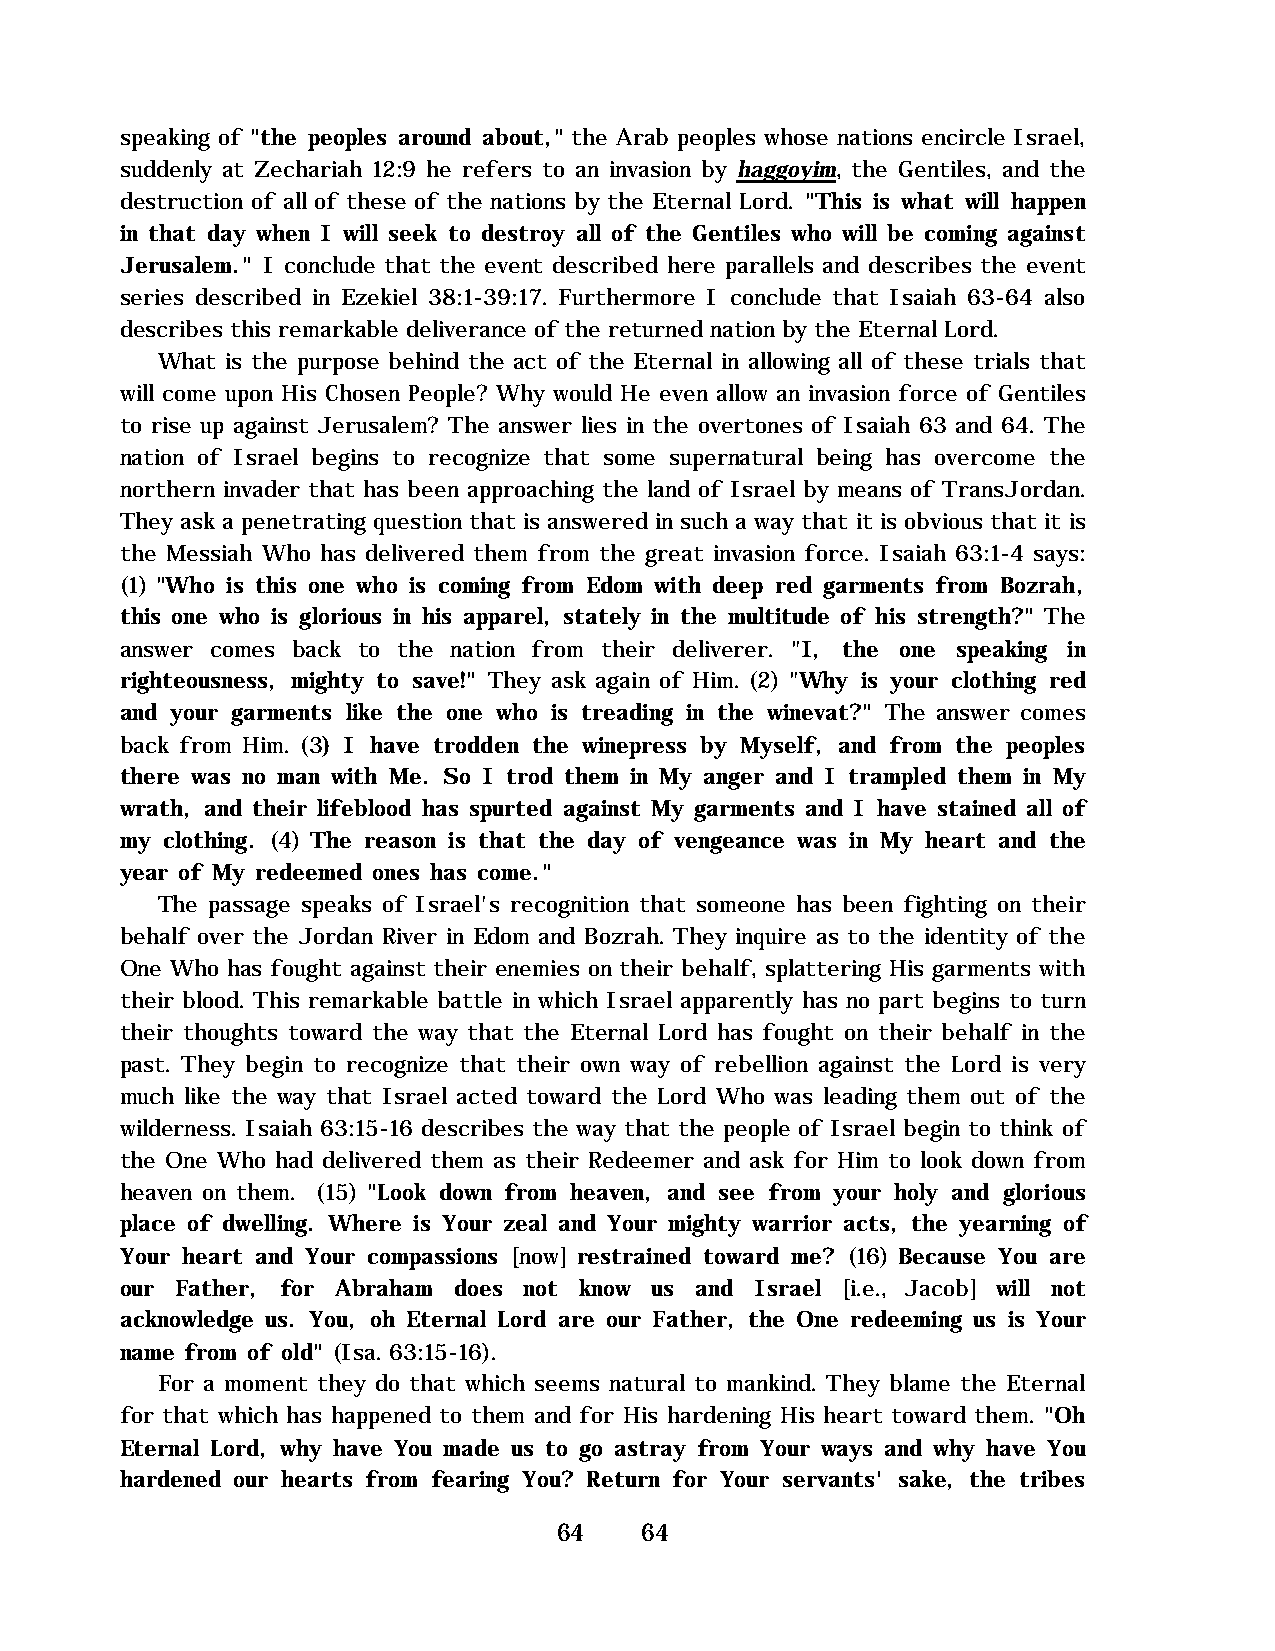
speaking of "the peoples around about," the Arab peoples whose nations encircle Israel,
 suddenly at Zechariah 12:9 he refers to an invasion by haggoyim, the Gentiles, and the
 destruction of all of these of the nations by the Eternal Lord. "This is what will happen
 in that day when I will seek to destroy all of the Gentiles who will be coming against
 Jerusalem." I conclude that the event described here parallels and describes the event
 series described in Ezekiel 38:1-39:17. Furthermore I conclude that Isaiah 63-64 also
 describes this remarkable deliverance of the returned nation by the Eternal Lord.
 What is the purpose behind the act of the Eternal in allowing all of these trials that
 will come upon His Chosen People? Why would He even allow an invasion force of Gentiles
 to rise up against Jerusalem? The answer lies in the overtones of Isaiah 63 and 64. The
 nation of Israel begins to recognize that some supernatural being has overcome the
 northern invader that has been approaching the land of Israel by means of TransJordan.
 They ask a penetrating question that is answered in such a way that it is obvious that it is
 the Messiah Who has delivered them from the great invasion force. Isaiah 63:1-4 says:
 (1) "Who is this one who is coming from Edom with deep red garments from Bozrah,
 this one who is glorious in his apparel, stately in the multitude of his strength?" The
 answer comes back to the nation from their deliverer. "I, the one speaking in
 righteousness, mighty to save!" They ask again of Him. (2) "Why is your clothing red
 and your garments like the one who is treading in the winevat?" The answer comes
 back from Him. (3) I have trodden the winepress by Myself, and from the peoples
 there was no man with Me. So I trod them in My anger and I trampled them in My
 wrath, and their lifeblood has spurted against My garments and I have stained all of
 my clothing. (4) The reason is that the day of vengeance was in My heart and the
 year of My redeemed ones has come."
 The passage speaks of Israel's recognition that someone has been fighting on their
 behalf over the Jordan River in Edom and Bozrah. They inquire as to the identity of the
 One Who has fought against their enemies on their behalf, splattering His garments with
 their blood. This remarkable battle in which Israel apparently has no part begins to turn
 their thoughts toward the way that the Eternal Lord has fought on their behalf in the
 past. They begin to recognize that their own way of rebellion against the Lord is very
 much like the way that Israel acted toward the Lord Who was leading them out of the
 wilderness. Isaiah 63:15-16 describes the way that the people of Israel begin to think of
 the One Who had delivered them as their Redeemer and ask for Him to look down from
 heaven on them. (15) "Look down from heaven, and see from your holy and glorious
 place of dwelling. Where is Your zeal and Your mighty warrior acts, the yearning of
 Your heart and Your compassions [now] restrained toward me? (16) Because You are
 our Father, for Abraham does not know us and Israel [i.e., Jacob] will not
 acknowledge us. You, oh Eternal Lord are our Father, the One redeeming us is Your
 name from of old" (Isa. 63:15-16).
 For a moment they do that which seems natural to mankind. They blame the Eternal
 for that which has happened to them and for His hardening His heart toward them. "Oh
 Eternal Lord, why have You made us to go astray from Your ways and why have You
 hardened our hearts from fearing You? Return for Your servants' sake, the tribes
 64   64